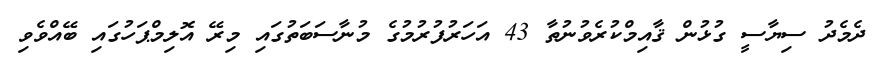
ދެމެދު ސިޔާސީ ގުޅުން ޤާއިމްކުރެވުނުތާ 43 އަހަރުފުރުމުގެ މުނާސަބަތުގައި މިރޭ އޮލިމްޕަހުގައި ބޭއްވެވި